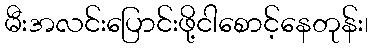
မီးအလင်းပြောင်းဖို့ငါစောင့်နေတုန်း၊